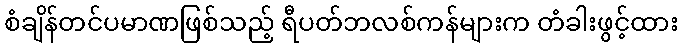
စံချိန်တင်ပမာဏဖြစ်သည့် ရီပတ်ဘလစ်ကန်များက တံခါးဖွင့်ထား